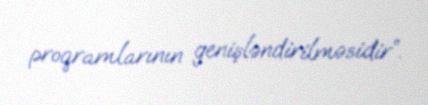
proqramlarının genişləndirilməsidir”.